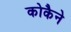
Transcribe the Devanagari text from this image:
कोकैने